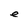
Character: e